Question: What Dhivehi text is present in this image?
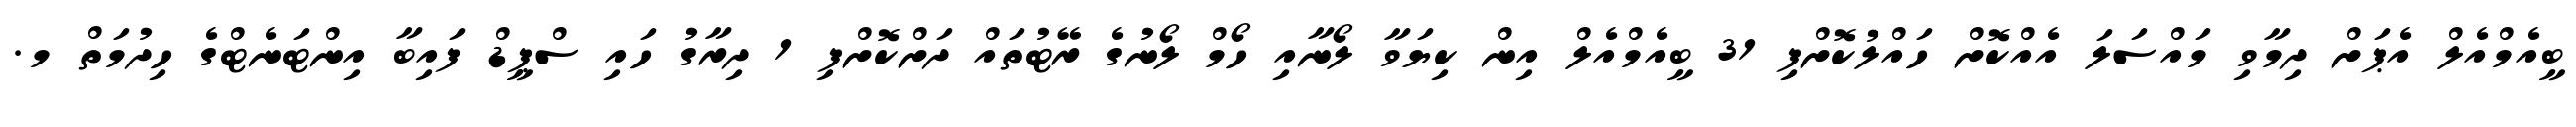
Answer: ބީއެމްއެލް އެޕަށް ދިމާވި މައްސަލަ އެއްކޮށް ހައްލުކޮށްފި 31 ބީއެމްއެލް އިން ކިޔަވާ ލޯނާއި ހޯމް ލޯނުގެ ރޭޓުތައް ދަށްކޮށްފި 1 ދިރާގު ހައި ސްޕީޑް ފައިބާ އިންޓަނެޓްގެ ހިދުމަތް މ.